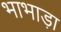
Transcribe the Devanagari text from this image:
भाभाड़ा